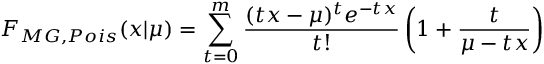
F _ { M G , P o i s } ( x | \mu ) = \sum _ { t = 0 } ^ { m } \frac { ( t x - \mu ) ^ { t } e ^ { - t x } } { t ! } \left( 1 + \frac { t } { \mu - t x } \right)